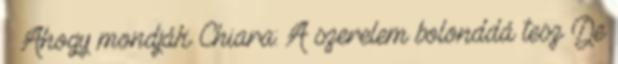
– Ahogy mondják Chiara: A szerelem bolonddá tesz De